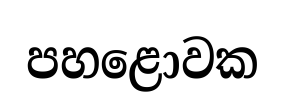
පහළොවක